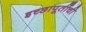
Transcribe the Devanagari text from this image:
इच्छापूर्तीची